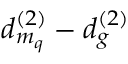
d _ { m _ { q } } ^ { ( 2 ) } - d _ { g } ^ { ( 2 ) }